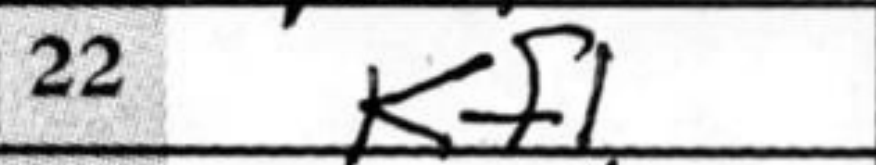
Transcription: Kf1